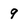
Character: 9